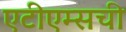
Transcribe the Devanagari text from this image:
एटीएम्सची